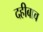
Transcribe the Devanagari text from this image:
दहीबाव